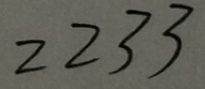
2 2 3 3